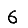
Digit: 6